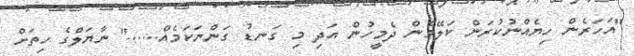
"އަހަރެން ހިޔެއްނުކުރަން ކަލޭމެން ދެމީހުން އަދި މި ގަނޑު ގަންނަކަމެއް......" ނާޔަލްގެ ހިތަށް